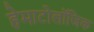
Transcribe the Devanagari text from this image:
हेमाटोलॉजिक